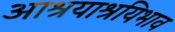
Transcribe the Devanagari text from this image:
आश्रयाश्रयिभाव